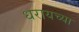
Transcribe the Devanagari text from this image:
धरायच्या